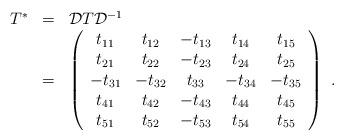
LaTeX: \begin{align*}\begin{array}{rcl}T^*&=&{\cal D}T{\cal D}^{-1}\\&=&\left(\begin{array}{ccccc} t_{11}&t_{12}&-t_{13}&t_{14}&t_{15}\\ t_{21}&t_{22}&-t_{23}&t_{24}&t_{25}\\ -t_{31}&-t_{32}&t_{33}&-t_{34}&-t_{35}\\ t_{41}&t_{42}&-t_{43}&t_{44}&t_{45}\\ t_{51}&t_{52}&-t_{53}&t_{54}&t_{55}\end{array}\right)~.\end{array}\end{align*}